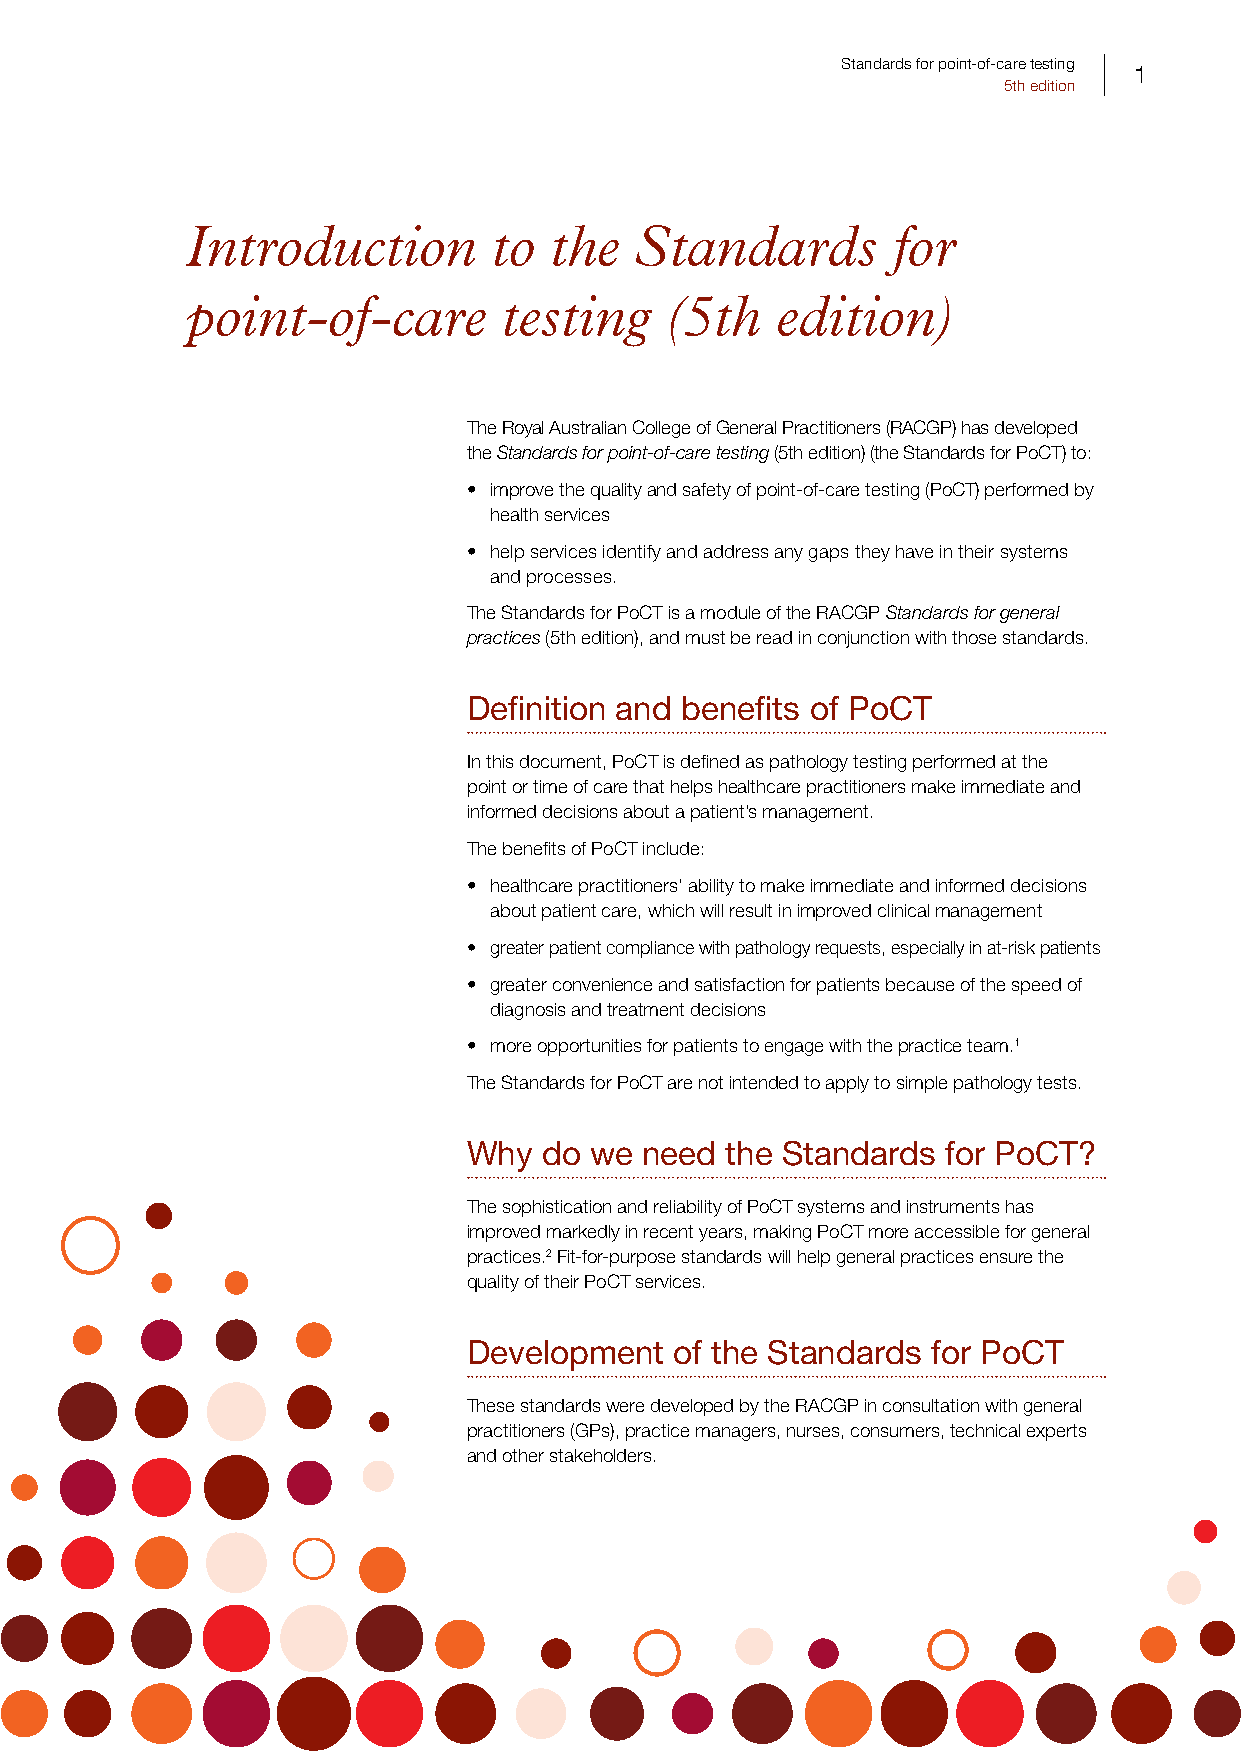
Standards for point-of-care testing
 1
 5th edition
 Introduction        to  the   Standards        for
 point-of-care        testing    (5th   edition)
 The Royal Australian College of General Practitioners (RACGP) has developed
 the Standards for point-of-care testing (5th edition) (the Standards for PoCT) to:
 • improve the quality and safety of point-of-care testing (PoCT) performed by
 health services
 • help services identify and address any gaps they have in their systems
 and processes.
 The Standards for PoCT is a module of the RACGP Standards for general
 practices (5th edition), and must be read in conjunction with those standards.
 Definition and benefits of PoCT
 In this document, PoCT is defined as pathology testing performed at the
 point or time of care that helps healthcare practitioners make immediate and
 informed decisions about a patient’s management.
 The benefits of PoCT include:
 • healthcare practitioners’ ability to make immediate and informed decisions
 about patient care, which will result in improved clinical management
 • greater patient compliance with pathology requests, especially in at-risk patients
 • greater convenience and satisfaction for patients because of the speed of
 diagnosis and treatment decisions
 • more opportunities for patients to engage with the practice team.1
 The Standards for PoCT are not intended to apply to simple pathology tests.
 Why  do we  need the Standards  for PoCT?
 The sophistication and reliability of PoCT systems and instruments has
 improved markedly in recent years, making PoCT more accessible for general
 practices.2 Fit-for-purpose standards will help general practices ensure the
 quality of their PoCT services.
 Development   of the Standards for PoCT
 These standards were developed by the RACGP in consultation with general
 practitioners (GPs), practice managers, nurses, consumers, technical experts
 and other stakeholders.